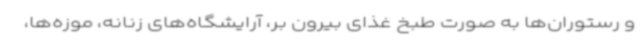
و رستوران‌ها به صورت طبخ غذای بیرون بر، آرایشگاه‌های زنانه، موزه‌ها،